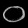
Digit: ၀